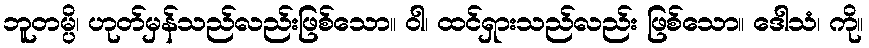
ဘူတမ္ပိ၊ ဟုတ်မှန်သည်လည်းဖြစ်သော။ ဝါ၊ ထင်ရှားသည်လည်း ဖြစ်သော။ ဒေါသံ၊ ကို။